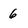
Character: 6